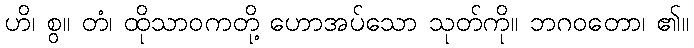
ဟိ၊ စွ။ တံ၊ ထိုသာဝကတို့ ဟောအပ်သော သုတ်ကို။ ဘဂဝတော၊ ၏။